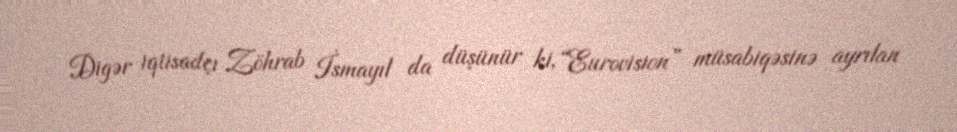
Digər iqtisadçı Zöhrab İsmayıl da düşünür ki, “Eurovision” müsabiqəsinə ayrılan